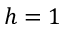
h = 1